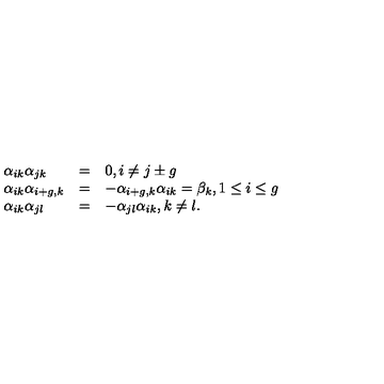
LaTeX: \begin{array} { l l l } { \alpha _ { i k } \alpha _ { j k } } & { = } & { 0 , i \neq j \pm g } \\ { \alpha _ { i k } \alpha _ { i + g , k } } & { = } & { - \alpha _ { i + g , k } \alpha _ { i k } = \beta _ { k } , 1 \leq i \leq g } \\ { \alpha _ { i k } \alpha _ { j l } } & { = } & { - \alpha _ { j l } \alpha _ { i k } , k \neq l . } \\ \end{array}